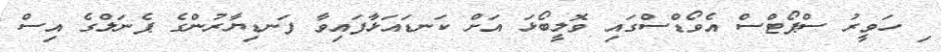
ި ހަވީރު ސްޕޯޓްސް އެވޯޑްސްގައި ވޮލީބޯޅަ އަށް ކަނޑައަޅާފައިވާ ފަނޑިޔާރުންގެ ޕެނަލްގެ އިސް